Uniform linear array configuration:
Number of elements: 4
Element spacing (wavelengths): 0.25
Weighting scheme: binomial
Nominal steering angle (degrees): -15
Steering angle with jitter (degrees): -16.393
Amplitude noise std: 0.05
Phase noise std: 0.05

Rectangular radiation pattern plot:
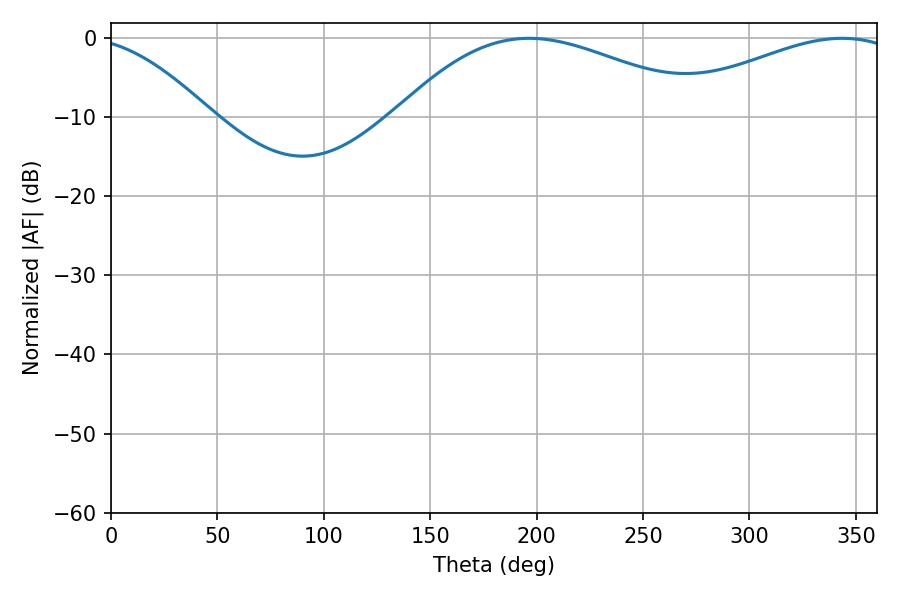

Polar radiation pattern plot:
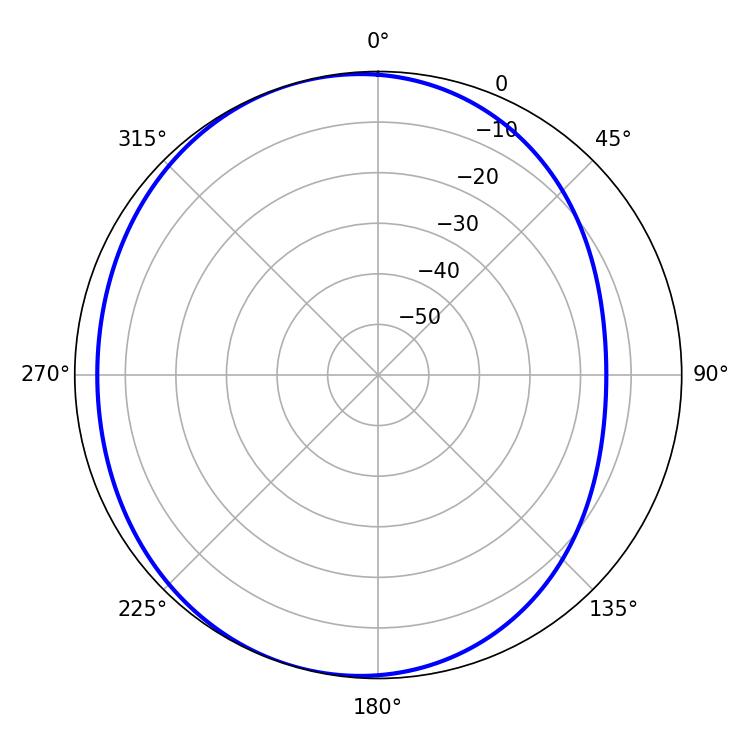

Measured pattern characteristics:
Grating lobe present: FALSE
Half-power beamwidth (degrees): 80.1
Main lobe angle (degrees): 196.38